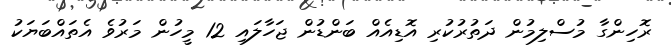
ރޮހިންގާ މުސްލިމުން ދަތުރުކުރި އޮޑިއެއް ބަންޑުން ޖަހާލައި 12 މީހުން މަރުވެ އެތައްބަޔަކު